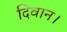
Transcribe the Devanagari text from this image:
दिवान।